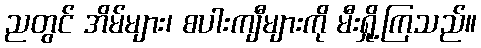
ညတွင် အိမ်များ၊ စပါးကျီများကို မီးရှို့ကြသည်။